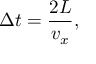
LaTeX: \Delta t = { \frac { 2 L } { v _ { x } } } ,